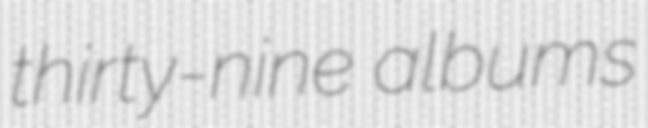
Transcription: thirty-nine albums